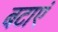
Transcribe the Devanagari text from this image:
बटाएं